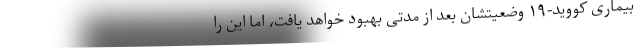
بیماری کووید-۱۹ وضعیتشان بعد از مدتی بهبود خواهد یافت، اما این را